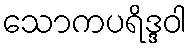
သောကပရိဒ္ဒဝါ